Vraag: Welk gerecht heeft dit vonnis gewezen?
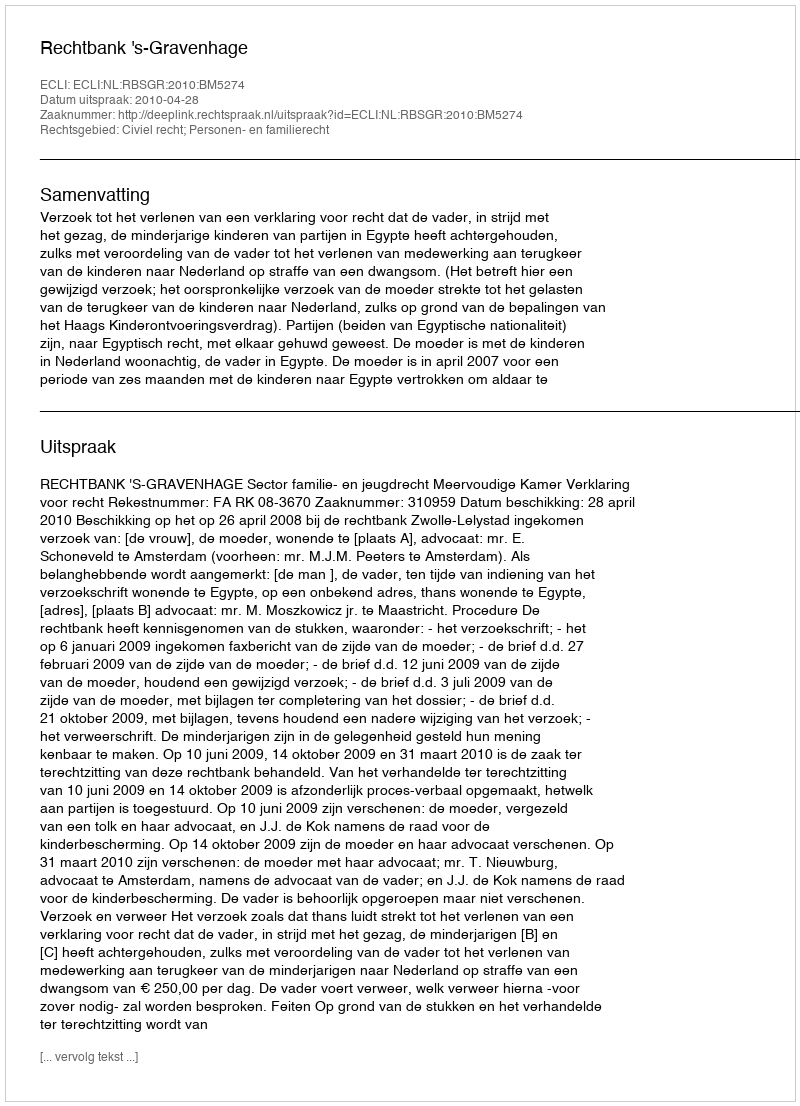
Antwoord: Rechtbank 's-Gravenhage